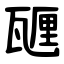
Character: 甅